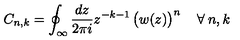
C _ { n , k } = \oint _ { \infty } \frac { d z } { 2 \pi i } z ^ { - k - 1 } \left( \strut w ( z ) \right) ^ { n } \quad \forall \: n , k